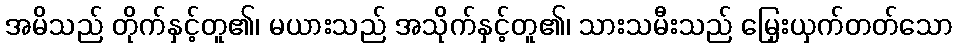
အမိသည် တိုက်နှင့်တူ၏၊ မယားသည် အသိုက်နှင့်တူ၏၊ သားသမီးသည် မြှေးယှက်တတ်သော